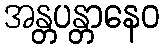
အန္တပန္တာနေဝ